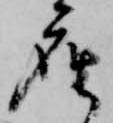
座